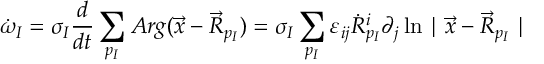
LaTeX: \dot { \omega } _ { I } = \sigma _ { I } \frac { d } { d t } \sum _ { p _ { I } } A r g ( \vec { x } - \vec { R } _ { p _ { I } } ) = \sigma _ { I } \sum _ { p _ { I } } \varepsilon _ { i j } \dot { R } _ { p _ { I } } ^ { i } \partial _ { j } \ln \mid \vec { x } - \vec { R } _ { p _ { I } } \mid \; \;